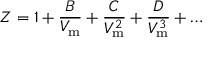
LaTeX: Z = 1 + { \frac { B } { V _ { \mathrm { m } } } } + { \frac { C } { V _ { \mathrm { m } } ^ { 2 } } } + { \frac { D } { V _ { \mathrm { m } } ^ { 3 } } } + \dots